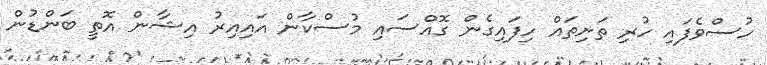
ހުސްވެފައި ހުރި ތަށިތައް ހިފައިގެން ގޮއްސައި މުސްކާން އައިއިރު އިޝާން އޮތީ ބަންޑުން